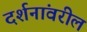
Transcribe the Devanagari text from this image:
दर्शनांवरील